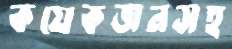
কয়েকজনসহ